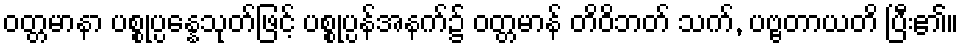
ဝတ္တမာနာ ပစ္စုပ္ပန္နေသုတ်ဖြင့် ပစ္စုပ္ပန်အနက်၌ ဝတ္တမာန် တိဝိဘတ် သက်, ပဗ္ဗတာယတိ ပြီး၏။